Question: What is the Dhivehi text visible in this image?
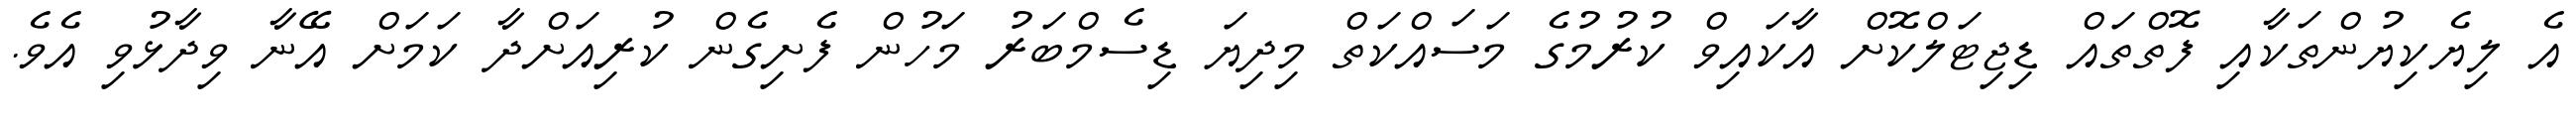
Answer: އެ ލިޔެކިޔުންތަކާއި ފޮތްތައް ޑިޖިޓަލްކޮށް އާކައިވް ކުރުމުގެ މަސައްކަތް މިދިޔަ ޑިސެމްބަރު މަހުން ފެށިގެން ކުރިއަށްދާ ކަމަށް އޭނާ ވިދާޅުވި އެވެ.